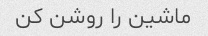
ماشین را روشن کن